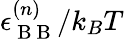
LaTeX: \epsilon_{\mathrm{~B~B~}}^{(n)}/k_{B}T